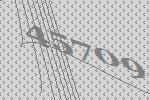
45709